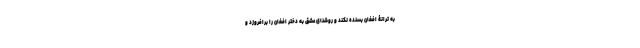
به ترانۀ افغان بسنده نکند و روشنای عشق به دختر افغان را برافروزد و